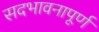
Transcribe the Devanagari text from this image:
सदभावनापूर्ण